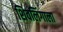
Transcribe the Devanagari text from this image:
शिवलिंगाला